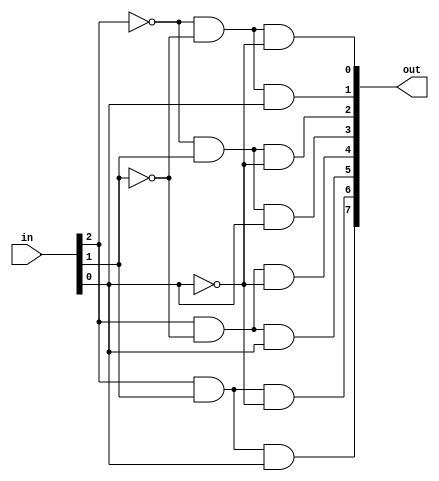
module decoder(out, in);
	output [7:0] out;
	input [2:0] in;
	wire [2:0] negin;
	
 	not (negin[0], in[0]);
	not (negin[1], in[1]);
	not (negin[2], in[2]); 

	and (out[7], in[2], in[1], in[0]);
	and (out[6], in[2], in[1], negin[0]);
	and (out[5], in[2], negin[1], in[0]);
	and (out[4], in[2], negin[1], negin[0]);
	and (out[3], negin[2], in[1], in[0]);
	and (out[2], negin[2], in[1], negin[0]);
	and (out[1], negin[2], negin[1], in[0]);
	and (out[0], negin[2], negin[1], negin[0]);
	
	
endmodule


module testbench_dec;
	reg [2:0] in;
	wire [7:0] out;
	decoder d(out, in);
	initial
		begin
			$monitor(,$time, " in = %b, out=%b", in, out);
			#0 in=3'b000;
			#3 in=3'b010;
		end
		
	endmodule